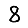
Digit: 8